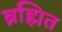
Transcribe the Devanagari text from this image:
ब्रह्मित